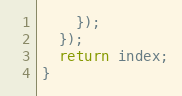
Language: JavaScript
    });
  });
  return index;
}